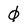
Character: 0